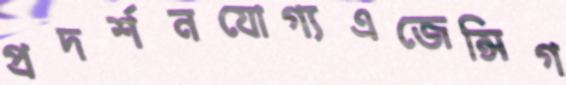
প্রদর্শনযোগ্যএজেন্সিগ